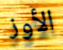
الأوز